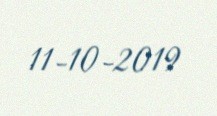
11-10-2019